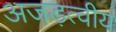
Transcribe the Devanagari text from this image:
अजड़त्वीय